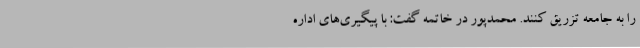
را به جامعه تزریق کنند. محمدپور در خاتمه گفت: با پیگیری‌های اداره